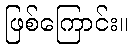
ဖြစ်ကြောင်း။